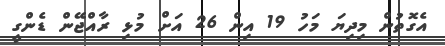
އެގޮތުން މިދިޔަ މަހު 19 އިން 26 އަށް މުޅި ރާއްޖޭން ޑެންގީ